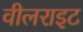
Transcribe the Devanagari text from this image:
वीलराइट